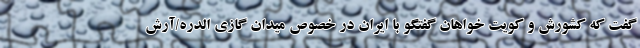
گفت که کشورش و کویت خواهان گفتگو با ایران در خصوص میدان گازی الدره/آرش